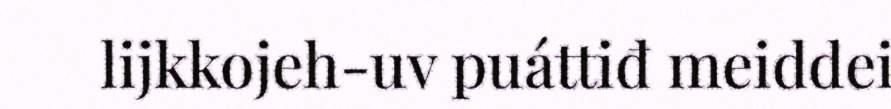
lijkkojeh-uv puáttiđ meiddei